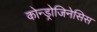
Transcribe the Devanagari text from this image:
कोन्ड्रोजिनेसिस